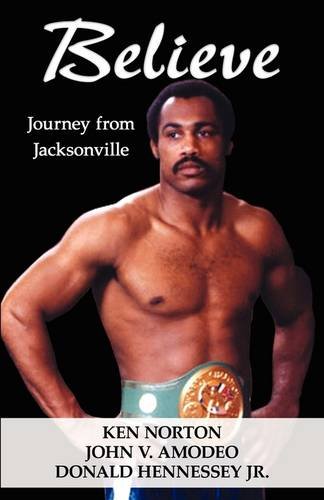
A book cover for Believe: Journey from Jacksonville; Ken Norton; Biographies & Memoirs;